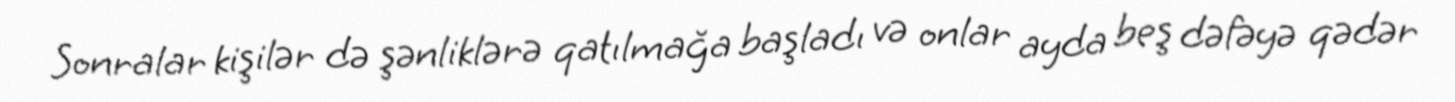
Sonralar kişilər də şənliklərə qatılmağa başladı və onlar ayda beş dəfəyə qədər